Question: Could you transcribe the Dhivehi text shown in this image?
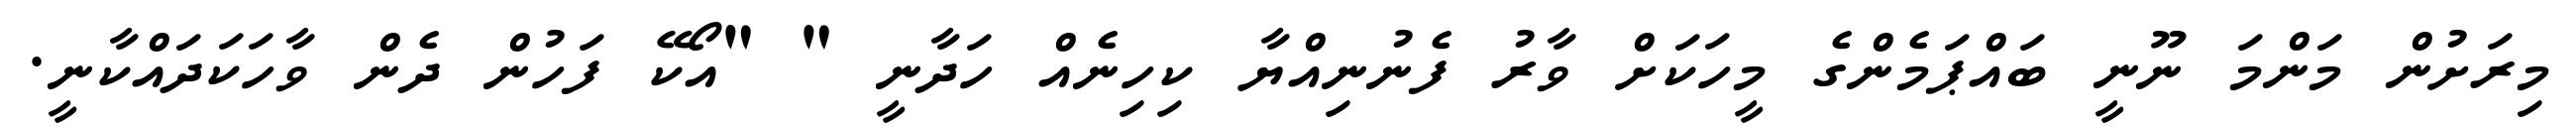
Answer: މިރަށުން މަންމަ ނޫނީ ބައްޕަމެންގެ މީހަކަށް ވާރު ފެނުނިއްޔާ ކިހިނެއް ހަދާނީ " "އޯކޭ ފަހުން ދެން ވާހަކަދައްކާނީ.